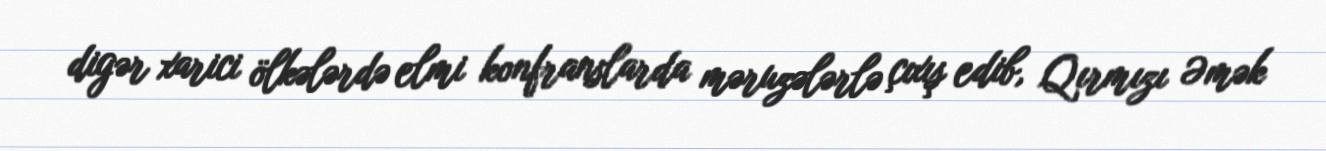
digər xarici ölkələrdə elmi konfranslarda məruzələrlə çıxış edib, Qırmızı Əmək